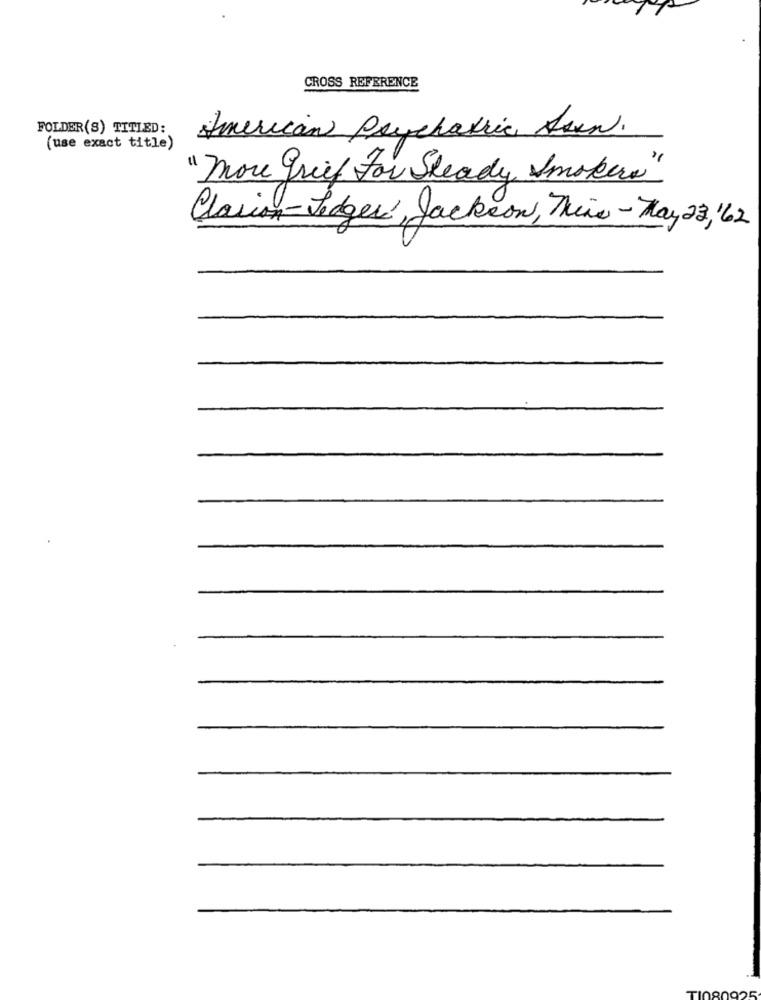
CROSS REFERENCE
FOLDER(S) TITLED:
American Psychiatric Asen.
(use exact title)
"more grief For Steady Smokers"
Clarion-Ledger, Jackson, Tire - May 23, 62